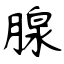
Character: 腺